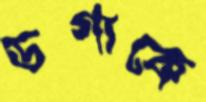
ডগাকে